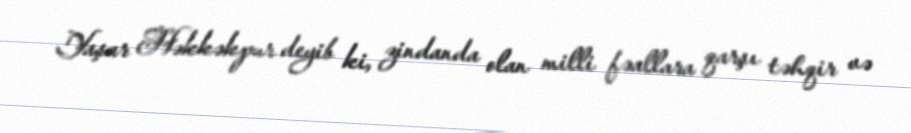
Yaşar Həkkəkpur deyib ki, zindanda olan milli fəallara qarşı təhqir və